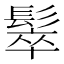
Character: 䯿